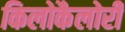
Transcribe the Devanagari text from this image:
किलोकैलोरी